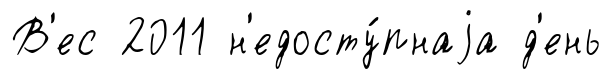
В'ес 2011 н'едосту́пнаjа д'ень